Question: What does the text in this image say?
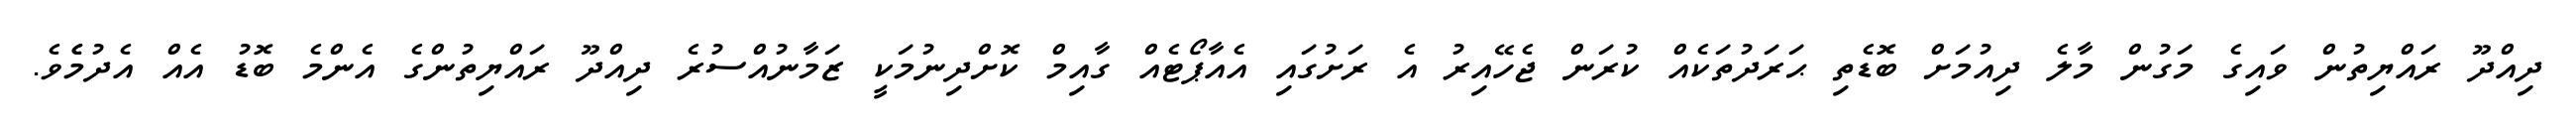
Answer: ދިއްދޫ ރައްޔިތުން ވައިގެ މަގުން މާލެ ދިއުމަށް ބޮޑެތި ޙަރަދުތަކެއް ކުރަން ޖެހޭއިރު އެ ރަށުގައި އެއާޕޯޓެއް ގާއިމް ކޮށްދިނުމަކީ ޒަމާނުއްސުރެ ދިއްދޫ ރައްޔިތުންގެ އެންމެ ބޮޑު އެއް އެދުމެެވެ.